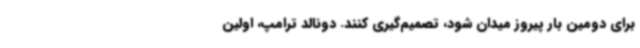
برای دومین بار پیروز میدان شود، تصمیم‌گیری کنند. دونالد ترامپ، اولین